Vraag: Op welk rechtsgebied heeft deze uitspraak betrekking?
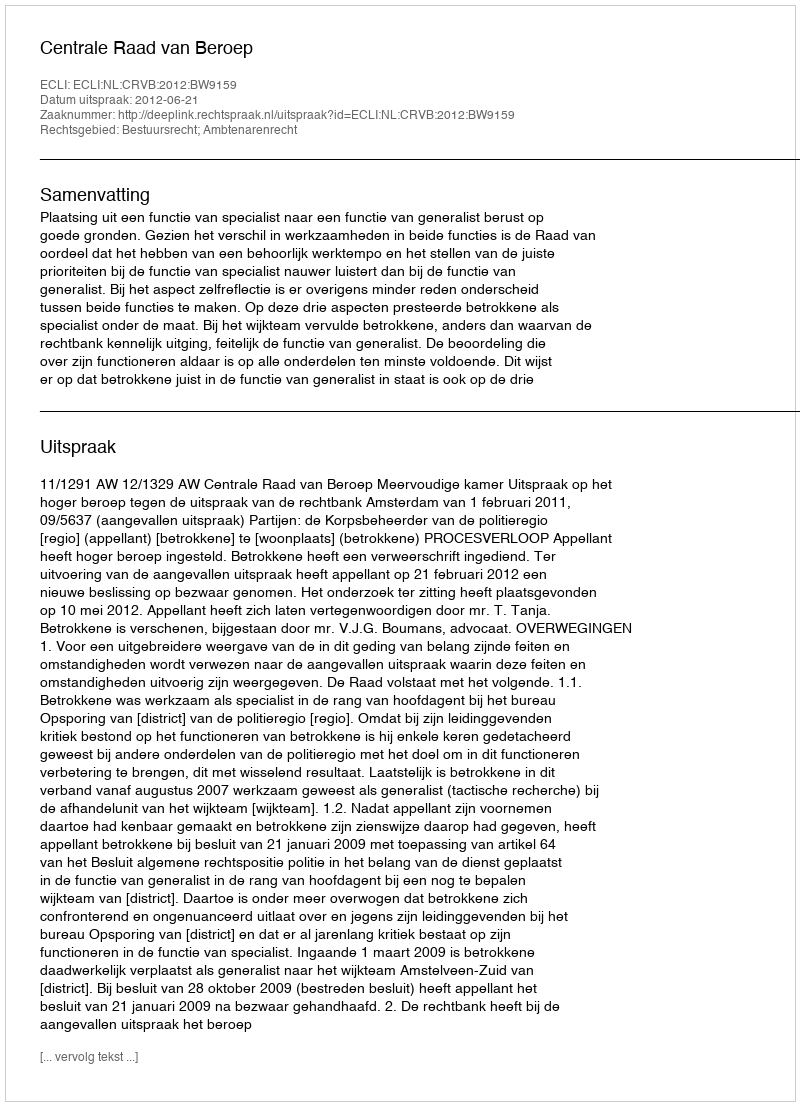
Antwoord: Bestuursrecht; Ambtenarenrecht